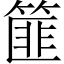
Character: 篚